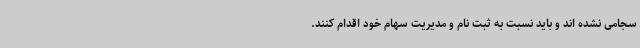
سجامی نشده اند و باید نسبت به ثبت نام و مدیریت سهام خود اقدام کنند.